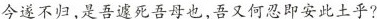
今遂不归，是吾遽死吾母也，吾又何忍即安此土乎?